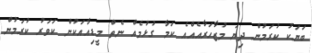
ބަޔަކު ކުރަމުން ދިޔަ މުޒާހަރާއެއްއެ ކަމާ ގުޅުމެއް ނެތް މީޑިއާއަކުން ކަވަރު ކުރަމުން